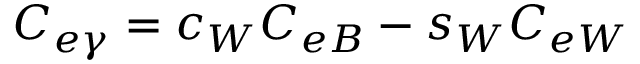
C _ { e \gamma } = c _ { W } C _ { e B } - s _ { W } C _ { e W }